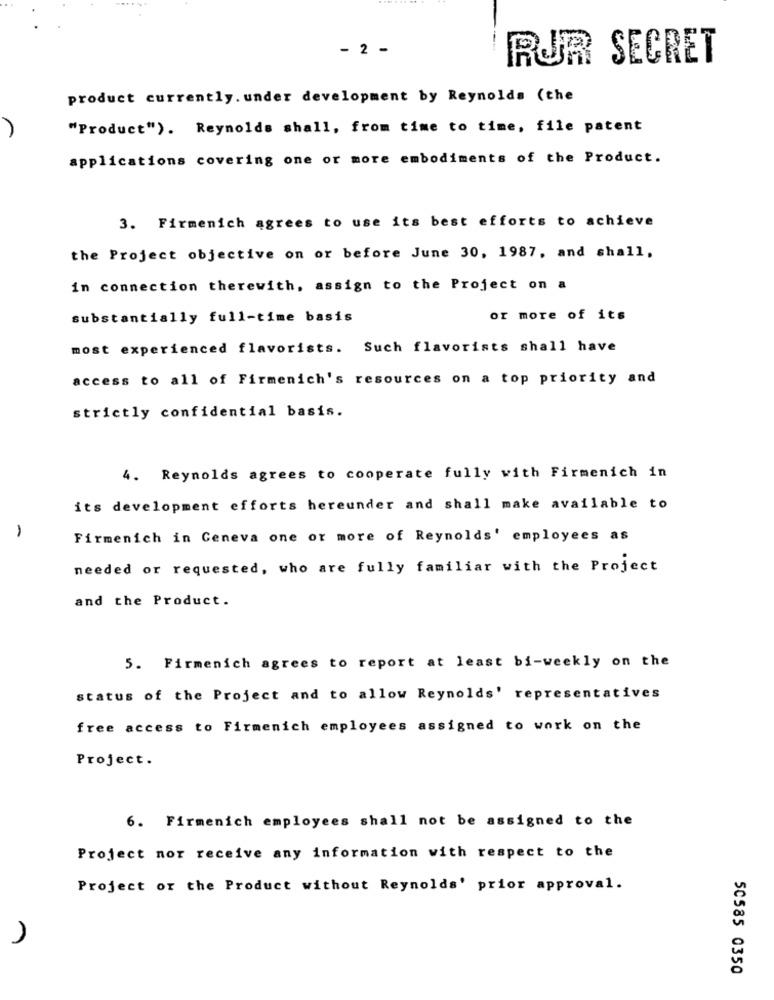
- 2 -
RUR SECRET
product currently. under development by Reynolds (the
"Product"). Reynolds shall, from time to time, file patent
applications covering one or more embodiments of the Product.
3. Firmenich agrees to use its best efforts to achieve
the Project objective on or before June 30, 1987, and shall,
in connection therewith, assign to the Project on a
substantially full-time basis
or more of its
most experienced flavorists. Such flavorists shall have
access to all of Firmenich's resources on a top priority and
strictly confidential basis.
4. Reynolds agrees to cooperate fully with Firmenich in
its development efforts hereunder and shall make available to
1
Firmenich in Geneva one or more of Reynolds' employees as
needed or requested, who are fully familiar with the Project
and the Product.
5. Firmenich agrees to report at least bi-weekly on the
status of the Project and to allow Reynolds' representatives
free access to Firmenich employees assigned to work on the
Project.
6. Firmenich employees shall not be assigned to the
Project nor receive any information with respect to the
Project or the Product without Reynolds' prior approval.
50585 0350